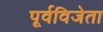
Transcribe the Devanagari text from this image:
पूर्वविजेता